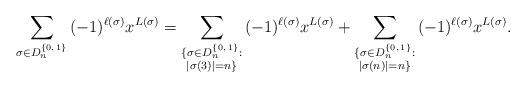
LaTeX: \begin{align*}\sum_{\sigma \in D_n^{\{0,\,1\}}}{ (-1)^{\ell(\sigma)}x^{L(\sigma)}}&=\sum_{\substack{\{\sigma \in D_n^{\{0,\,1\}}: \\ | \sigma(3) |=n\}}}{ (-1)^{\ell(\sigma)}x^{L(\sigma)}}+\sum_{\substack{ \{\sigma \in D_n^{\{0,\,1\}}: \\ | \sigma(n) |=n\}}}{ (-1)^{\ell(\sigma)}x^{L(\sigma)}}.\end{align*}